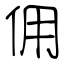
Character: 佣